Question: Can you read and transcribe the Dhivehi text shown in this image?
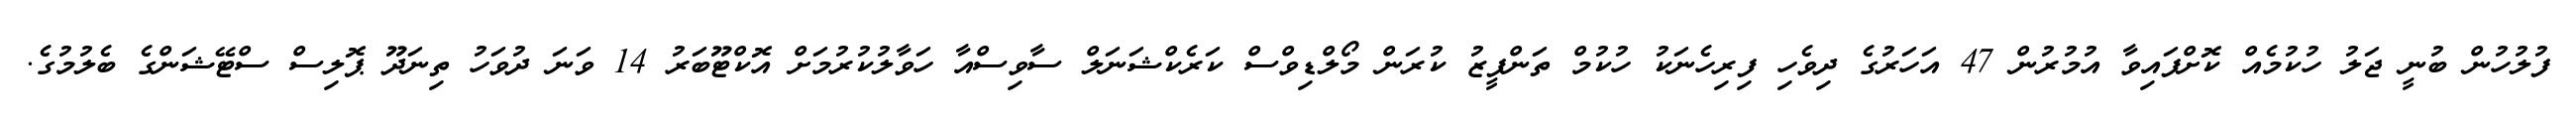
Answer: ފުލުހުން ބުނީ ޖަލު ހުކުމެއް ކޮށްފައިވާ އުމުރުން 47 އަހަރުގެ ދިވެހި ފިރިހެނަކު ހުކުމް ތަންފީޒު ކުރަން މޯލްޑިވްސް ކަރެކްޝަނަލް ސާވިސްއާ ހަވާލުކުރުމަށް އޮކްޓޫބަރު 14 ވަނަ ދުވަހު ތިނަދޫ ޕޮލިސް ސްޓޭޝަންގެ ބެލުމުގެ.